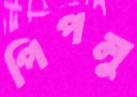
পিপলু